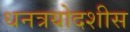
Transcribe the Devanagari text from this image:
धनत्रयोदशीस